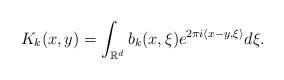
LaTeX: \begin{align*}K_k(x,y)=\int_{\mathbb{R}^d}{b_k(x,\xi)e^{2\pi i\langle x-y,\xi\rangle}}d\xi.\end{align*}